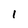
Character: 1